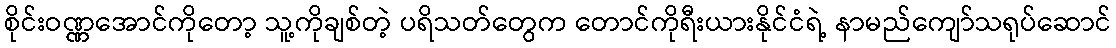
စိုင်းဝဏ္ဏအောင်ကိုတော့ သူ့ကိုချစ်တဲ့ ပရိသတ်တွေက တောင်ကိုရီးယားနိုင်ငံရဲ့ နာမည်ကျော်သရုပ်ဆောင်